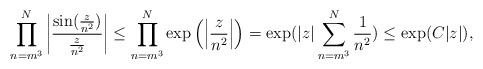
\begin{align*} \prod_{n=m^3}^{N}\left|\frac{\sin(\frac{z}{n^2})}{\frac{z}{n^2}}\right| \leq \prod_{n=m^3}^{N}\exp\left({\left|\frac{z}{n^2}\right|}\right)= \exp({|z|\sum_{n=m^3}^{N}\frac{1}{n^2}})\leq \exp(C|z|),\end{align*}